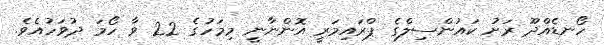
ހޯނޑެއްދޫ ރަށު ކައުންސިލްގެ ޕްރައިމަރީ އޮންނާނީ މިމަހުގެ 22 ވާ ހޯމަ ދުވަހުއެވެ.